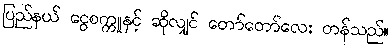
ပြည်နယ် ငွေစက္ကူနှင့် ဆိုလျှင် တော်တော်လေး တန်သည်။